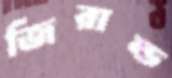
জিরাল্ড